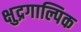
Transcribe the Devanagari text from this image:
क्षुद्रगाल्पिक